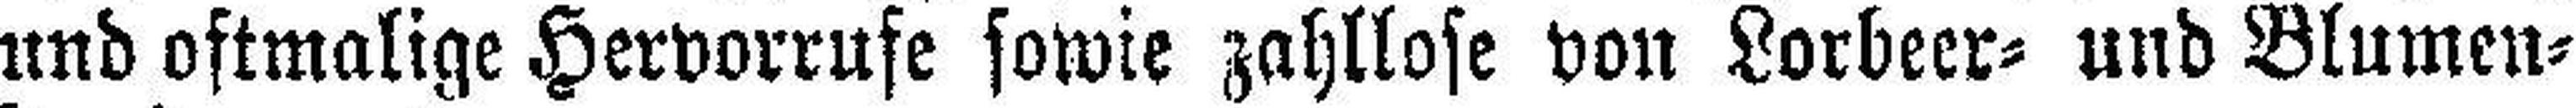
und oftmalige Hervorrufe sowie zahllose von Lorbeer= und Blumen¬